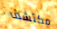
مكتشف